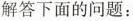
解答下面的问题：